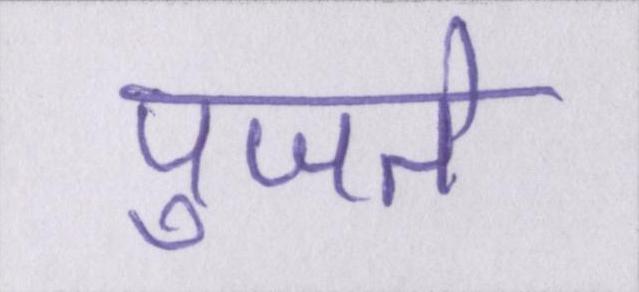
पुजते